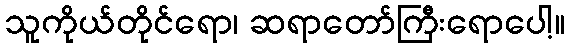
သူကိုယ်တိုင်ရော၊ ဆရာတော်ကြီးရောပေါ့။